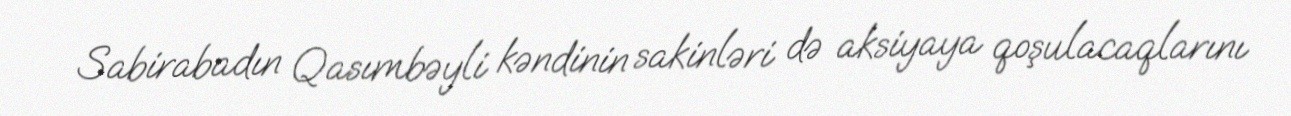
Sabirabadın Qasımbəyli kəndinin sakinləri də aksiyaya qoşulacaqlarını